Investigations on Bengal jail dietaries - Number 37
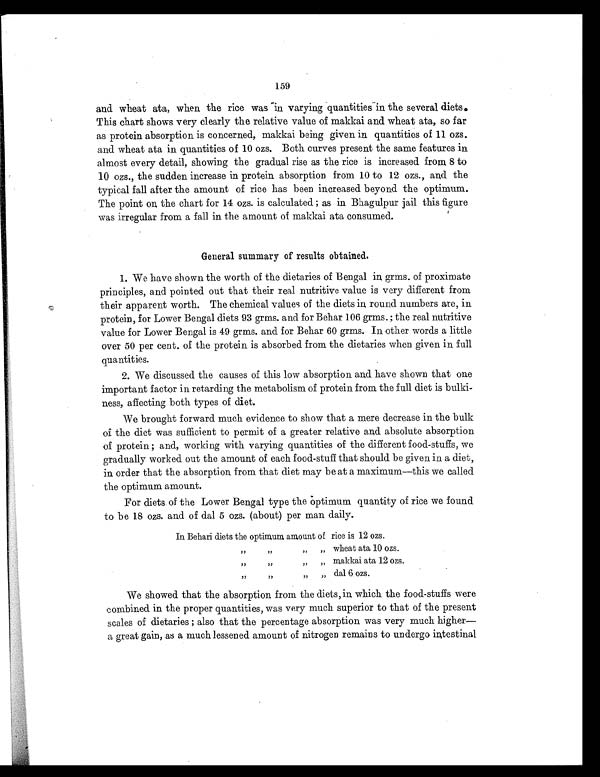
159
and wheat ata, when the rice was in varying quantities in the several diets.
This chart shows very clearly the relative value of makkai and wheat ata, so far
as protein absorption is concerned, makkai being given in quantities of 11 ozs.
and wheat ata in quantities of 10 ozs. Both curves present the same features in
almost every detail, showing the gradual rise as the rice is increased from 8 to
10 ozs., the sudden increase in protein absorption from 10 to 12 ozs., an,d the
typical fall after the amount of rice has been increased beyond the optimum.
The point on the chart for 14 ozs. is calculated ; as in Bhagulpur jail this figure
was irregular from a fall in the amount of makkai ata consumed.
General summary of results obtained.
1. We have shown the worth of the dietaries of Bengal in grms. of proximate
principles, and pointed out that their real nutritive value is very different from
their apparent worth. The chemical values of the diets in round numbers are, in
protein, for Lower Bengal diets 93 grms. and for Behar 106 grms. ; the real nutritive
value for Lower Bengal is 49 grms. and for Behar 60 grms. In other words a little
over 50 per cent. of the protein is absorbed from the dietaries when given in full
quantities.
2. We discussed the causes of this low absorption and have shown that one
important factor in retarding the metabolism of protein from the full diet is bulki-
ness, affecting both types of diet.
We brought forward much evidence to show that a mere decrease in the bulk
of the diet was sufficient to permit of a greater relative and absolute absorption
of protein ; and, working with varying quantities of the different food-stuffs, we
gradually worked out the amount of each food-stuff that should be given in a diet,
in order that the absorption from that diet may be at a maximum—this we called
the optimum amount.
For diets of the Lower Bengal type the optimum quantity of rice we found
to be 18 ozs. and of dal 5 ozs. (about) per man daily.
In Behari diets the optimum amount of rice is 12 ozs.
"
"
"
" wheat ata 10 ozs.
"
"
"
" makkai ata 12 ozs.
"
"
"
" dal 6 ozs.
We showed that the absorption from the diets, in which the food-stuffs were
combined in the proper quantities, was very much superior to that of the present
scales of dietaries ; also that the percentage absorption was very much higher—
a great gain, as a much lessened amount of nitrogen remains to undergo intestinal